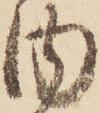
内